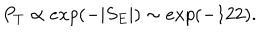
P _ { T } \propto e x p ( - \vert S _ { E } \vert ) \sim e x p ( - 1 2 2 ) .